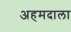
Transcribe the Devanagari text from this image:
अहमदाला